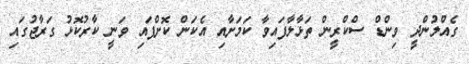
ގެއްލުންދީ ވިންޑް ސްކްރީން ތަޅާލާފައިވާ ކަމަށާއި އެކަން ކޮށްފައި ވަނީ ކާރުކޮޅު ގަރާޖުގައި